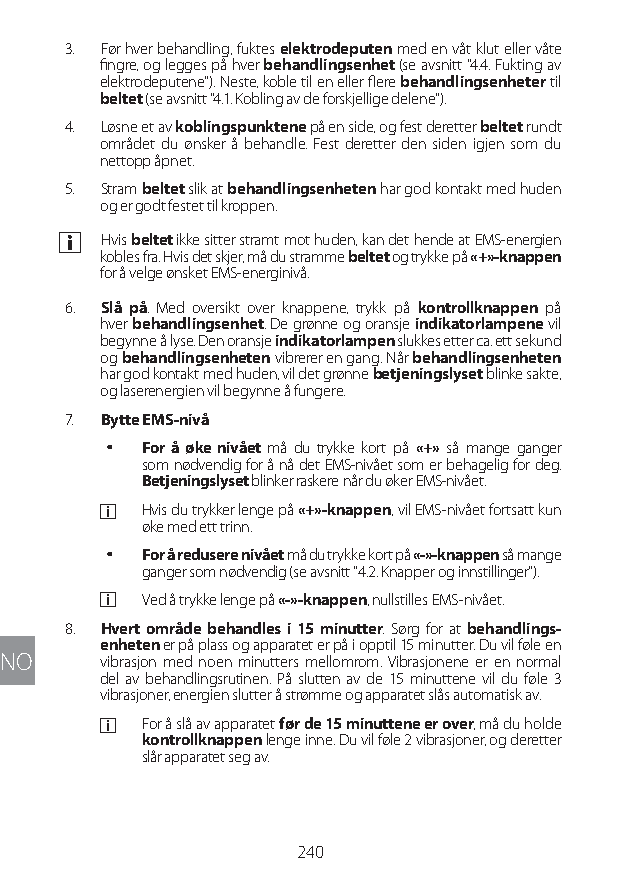
3. Før hver behandling, fuktes elektrodeputen med en våt klut eller våte
 fingre, og legges på hver behandlingsenhet (se avsnitt "4.4. Fukting av
 elektrodeputene"). Neste, koble til en eller flere behandlingsenheter til
 beltet (se avsnitt "4.1. Kobling av de forskjellige delene").
 4. Løsne et av koblingspunktene på en side, og fest deretter beltet rundt
 området du ønsker å behandle. Fest deretter den siden igjen som du
 nettopp åpnet.
 5. Stram beltet slik at behandlingsenheten har god kontakt med huden
 og er godt festet til kroppen.
 a Hvis beltet ikke sitter stramt mot huden, kan det hende at EMS-energien
 kobles fra. Hvis det skjer, må du stramme beltet og trykke på «+»-knappen
 for å velge ønsket EMS-energinivå.
 6. Slå på. Med oversikt over knappene, trykk på kontrollknappen på
 hver behandlingsenhet. De grønne og oransje indikatorlampene vil
 begynne å lyse. Den oransje indikatorlampen slukkes etter ca. ett sekund
 og behandlingsenheten vibrerer en gang. Når behandlingsenheten
 har god kontakt med huden, vil det grønne betjeningslyset blinke sakte,
 og laserenergien vil begynne å fungere.
 7. Bytte EMS-nivå
 y For å øke nivået må du trykke kort på «+» så mange ganger
 som nødvendig for å nå det EMS-nivået som er behagelig for deg.
 Betjeningslyset blinker raskere når du øker EMS-nivået.
 a  Hvis du trykker lenge på «+»-knappen, vil EMS-nivået fortsatt kun
 øke med ett trinn.
 y For å redusere nivået må du trykke kort på «-»-knappen så mange
 ganger som nødvendig (se avsnitt "4.2. Knapper og innstillinger").
 a  Ved å trykke lenge på «-»-knappen, nullstilles EMS-nivået.
 8. Hvert område behandles i 15 minutter. Sørg for at behandlings-
 enheten er på plass og apparatet er på i opptil 15 minutter. Du vil føle en
 NO    vibrasjon med noen minutters mellomrom. Vibrasjonene er en normal
 del av behandlingsrutinen. På slutten av de 15 minuttene vil du føle 3
 vibrasjoner, energien slutter å strømme og apparatet slås automatisk av.
 a  For å slå av apparatet før de 15 minuttene er over, må du holde
 kontrollknappen lenge inne. Du vil føle 2 vibrasjoner, og deretter
 slår apparatet seg av.
 240
 Lipo UM EU124 3545B inside ALL EU124 ED296-24 release.indd 240 14/08/2018 10:57:47